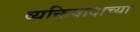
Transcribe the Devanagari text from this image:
व्यक्तिवादाच्या